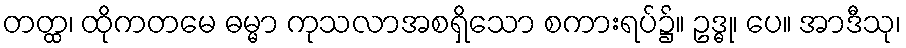
တတ္ထ၊ ထိုကတမေ ဓမ္မာ ကုသလာအစရှိသော စကားရပ်၌။ ဥဒ္ဓု၊ ပေ။ အာဒီသု၊